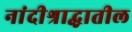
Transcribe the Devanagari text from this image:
नांदीश्राद्धातील